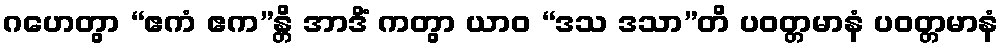
ဂဟေတွာ “ဧကံ ဧက”န္တိ အာဒိံ ကတွာ ယာဝ “ဒသ ဒသာ”တိ ပဝတ္တမာနံ ပဝတ္တမာနံ